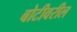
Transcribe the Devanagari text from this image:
बोटीवरील